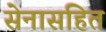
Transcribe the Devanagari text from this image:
सेनासहित